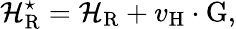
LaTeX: {\cal H}_{\mathrm{R}}^{\star}={\cal H}_{\mathrm{R}}+v_{\mathrm{H}}\cdot\mathrm{G},